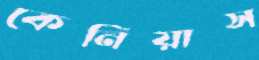
কেনিয়াস